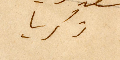
زكريا